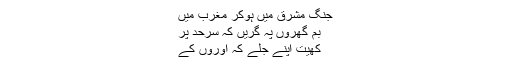
جنگ مشرق میں ہوکر مغرب میں
بم گھروں پہ گریں کہ سرحد پر
کھیت اپنے جلے کہ اوروں کے